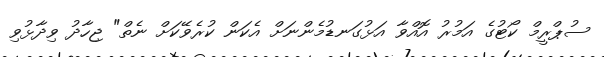
ސުޕްރީމް ކޯޓުގެ އަމުރު އޮއްވާ އަޅުގަނޑުމެންނަށް އެކަން ކުރެވޭކަށް ނެތް" ޖިހާދު ވިދާޅުވި